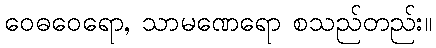
ဝေဓဝေရော, သာမဏေရော စသည်တည်း။